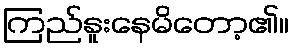
ကြည်နူးနေမိတော့၏။